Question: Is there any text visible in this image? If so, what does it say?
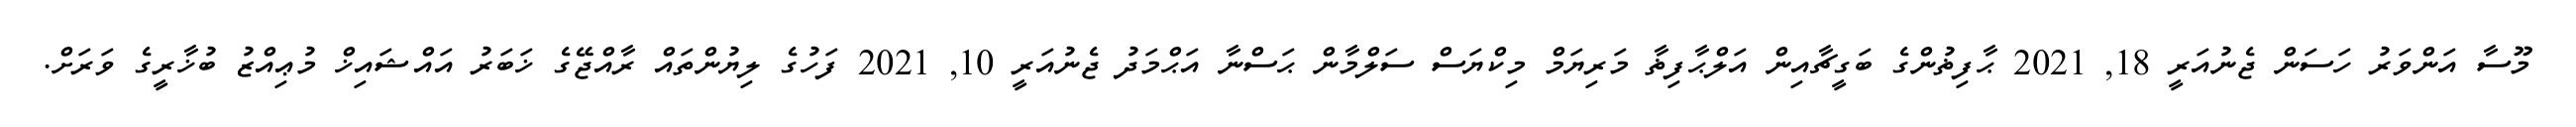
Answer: މޫސާ އަންވަރު ހަސަން ޖެނުއަރީ 18, 2021 ޙާފިޡުންގެ ބަގީޗާއިން އަލްޙާފިޡާ މަރިޔަމް މިކްޔަސް ސަލްމާން ޙަސްނާ އަޙްމަދު ޖެނުއަރީ 10, 2021 ފަހުގެ ލިޔުންތައް ރާއްޖޭގެ ޚަބަރު އައްޝައިޚް މުޢިއްޒު ބުޚާރީގެ ވަރަށް.